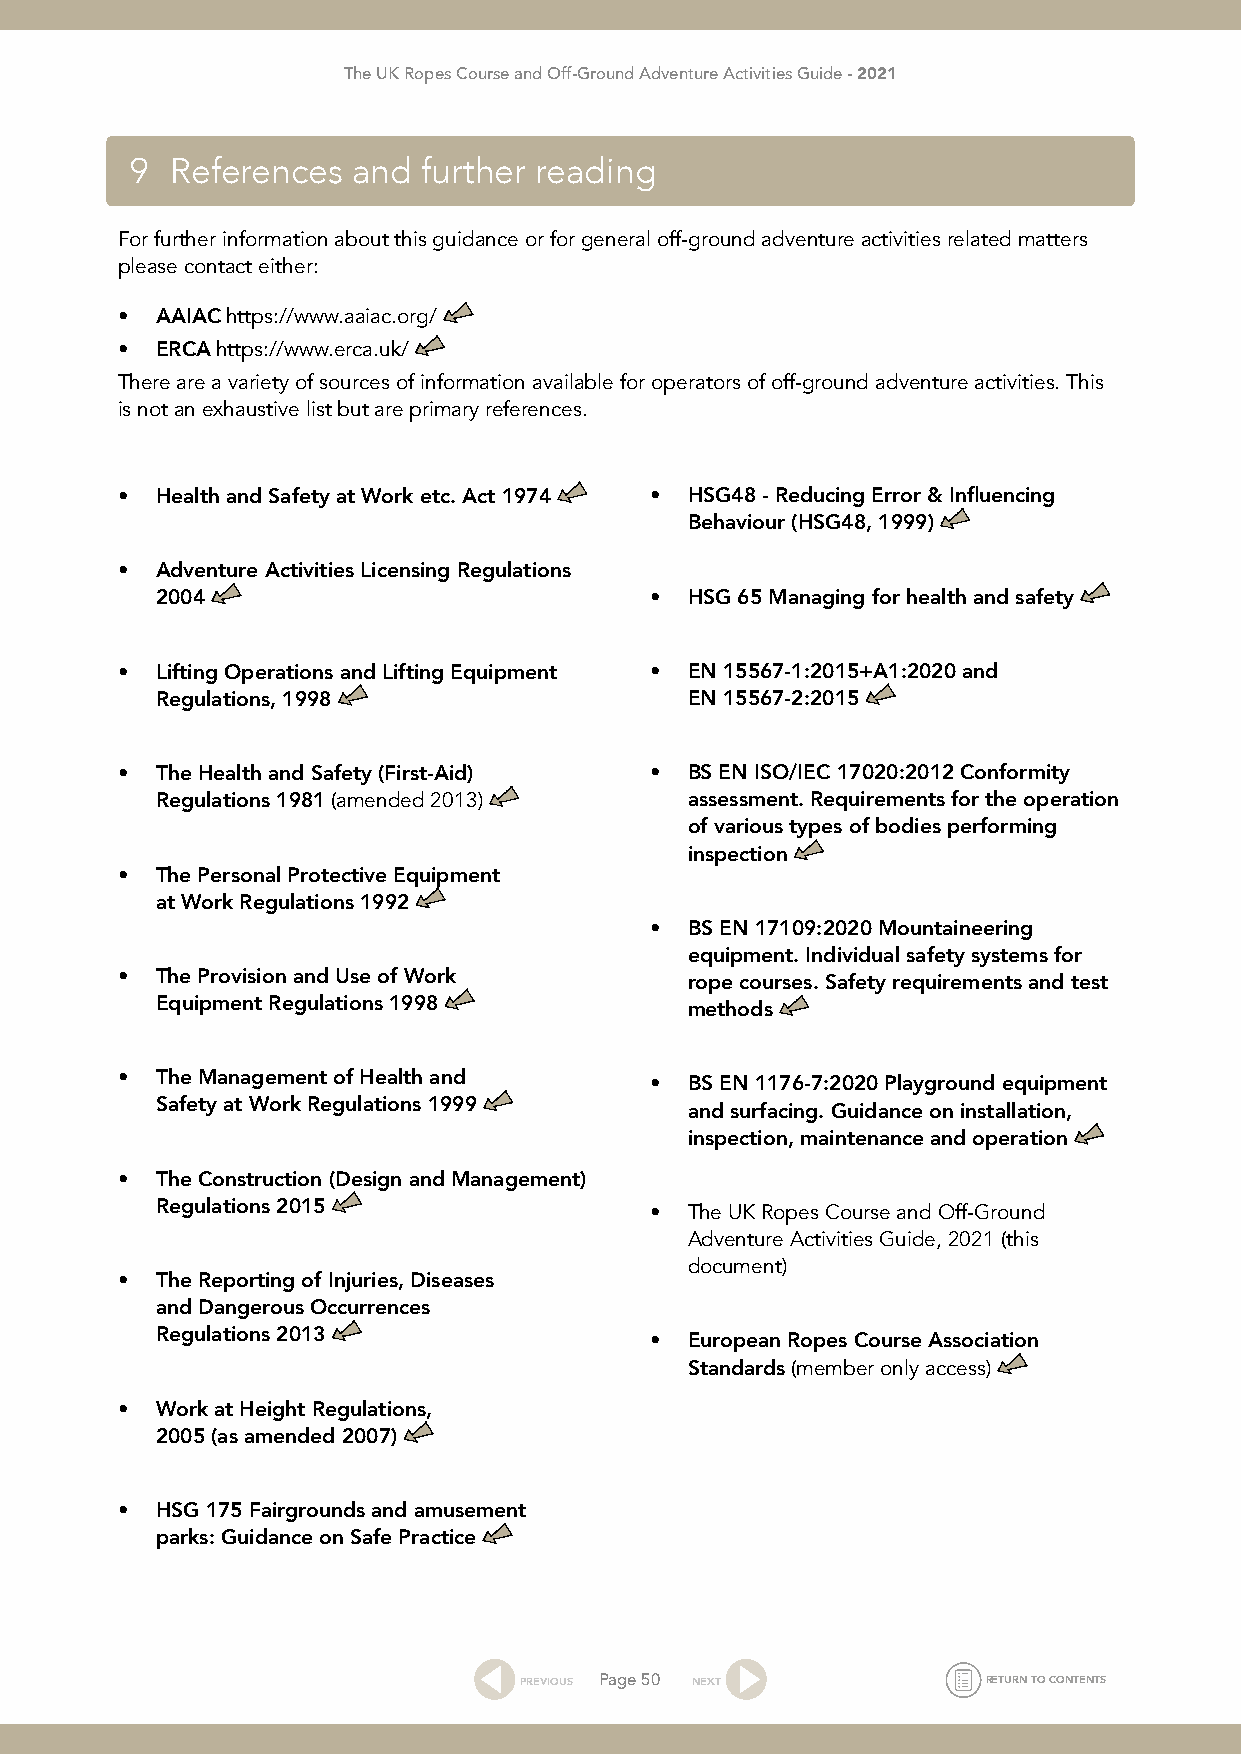
The UK Ropes Course and Off-Ground Adventure Activities Guide - 2021
 9 References  and  further reading
 For further information about this guidance or for general off-ground adventure activities related matters
 please contact either:
 • AAIAC https://www.aaiac.org/
 • ERCA https://www.erca.uk/
 There are a variety of sources of information available for operators of off-ground adventure activities. This
 is not an exhaustive list but are primary references.
 • Health and Safety at Work etc. Act 1974 • HSG48 - Reducing Error & Influencing
 Behaviour (HSG48, 1999)
 • Adventure Activities Licensing Regulations
 2004                             • HSG 65 Managing for health and safety
 • Lifting Operations and Lifting Equipment • EN 15567-1:2015+A1:2020 and
 Regulations, 1998                  EN 15567-2:2015
 • The Health and Safety (First-Aid) • BS EN ISO/IEC 17020:2012 Conformity
 Regulations 1981 (amended 2013)    assessment. Requirements for the operation
 of various types of bodies performing
 inspection
 • The Personal Protective Equipment
 at Work Regulations 1992
 • BS EN 17109:2020 Mountaineering
 equipment. Individual safety systems for
 • The Provision and Use of Work      rope courses. Safety requirements and test
 Equipment Regulations 1998         methods
 • The Management of Health and     • BS EN 1176-7:2020 Playground equipment
 Safety at Work Regulations 1999    and surfacing. Guidance on installation,
 inspection, maintenance and operation
 • The Construction (Design and Management)
 Regulations 2015                 • The UK Ropes Course and Off-Ground
 Adventure Activities Guide, 2021 (this
 document)
 • The Reporting of Injuries, Diseases
 and Dangerous Occurrences
 Regulations 2013                 • European Ropes Course Association
 Standards (member only access)
 • Work at Height Regulations,
 2005 (as amended 2007)
 • HSG 175 Fairgrounds and amusement
 parks: Guidance on Safe Practice
 PREVIOUS Page 50 NEXT          RETURN TO CONTENTS